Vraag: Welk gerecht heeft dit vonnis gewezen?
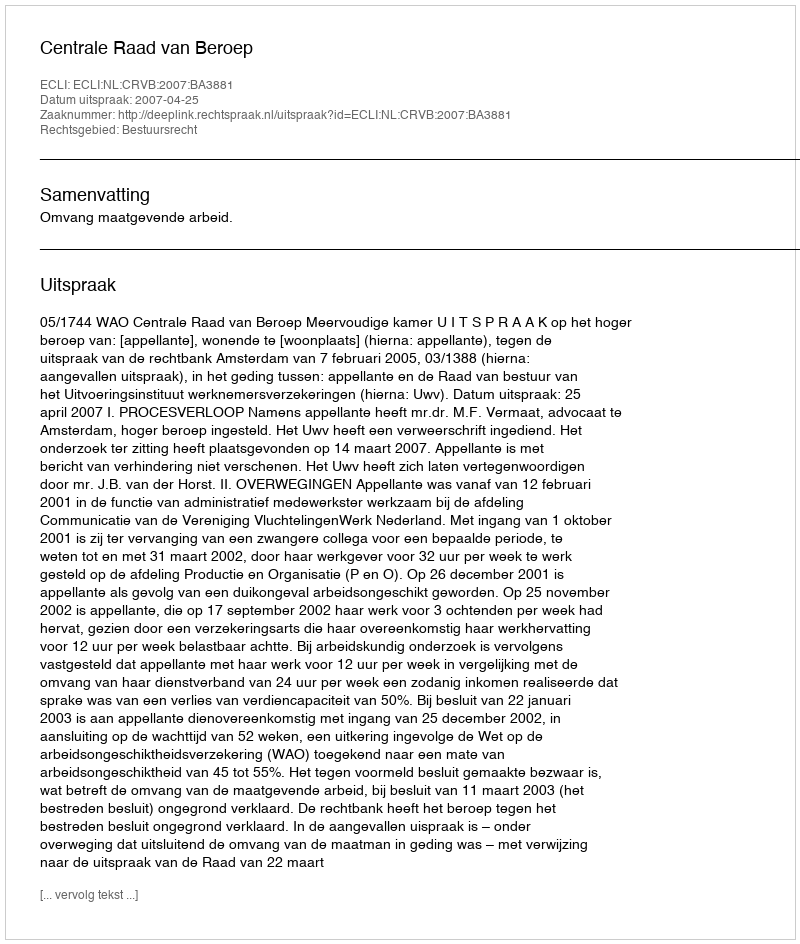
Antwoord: Centrale Raad van Beroep